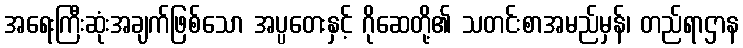
အရေးကြီးဆုံးအချက်ဖြစ်သော အပ္ပတေးနှင့် ဂိုဆေတို့၏ သတင်းစာအမည်မှန်၊ တည်ရာဌာန